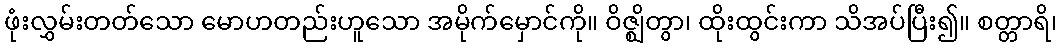
ဖုံးလွှမ်းတတ်သော မောဟတည်းဟူသော အမိုက်မှောင်ကို။ ဝိဇ္ဈိတွာ၊ ထိုးထွင်းကာ သိအပ်ပြီး၍။ စတ္တာရိ၊